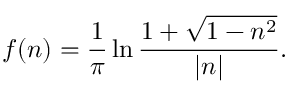
f ( n ) = \frac { 1 } { \pi } \ln \frac { 1 + \sqrt { 1 - n ^ { 2 } } } { | n | } .